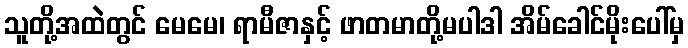
သူတို့အထဲတွင် မေမေ၊ ရာမီဇာနှင့် ဖာတမာတို့မပါဒါ အိမ်ခေါင်မိုးပေါ်မှ